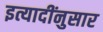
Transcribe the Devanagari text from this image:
इत्यादींनुसार